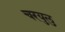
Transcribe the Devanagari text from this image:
चरयुलु